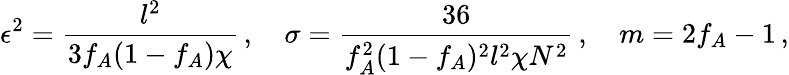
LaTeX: \epsilon^{2}=\frac{l^{2}}{3f_{A}(1-f_{A})\chi}\, ,\quad\sigma=\frac{36}{f_{A}^{2}(1-f_{A})^{2}l^{2}\chi N^{2}}\, ,\quad m=2f_{A}-1\, ,